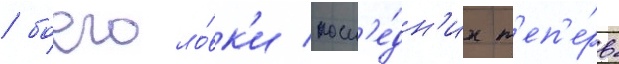
/ боеголо́вк'и посл'е́дн'их т'еп'е́рь